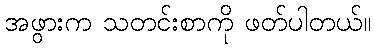
အဖွားက သတင်းစာကို ဖတ်ပါတယ်။